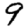
Digit: 9